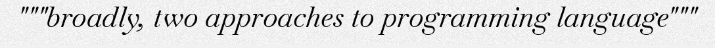
"""broadly, two approaches to programming language"""